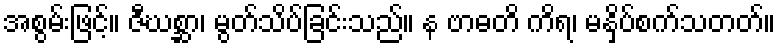
အစွမ်းဖြင့်။ ဇီဃစ္ဆာ၊ မွတ်သိပ်ခြင်းသည်။ န ဗာဓတိ ကိရ၊ မနှိပ်စက်သတတ်။